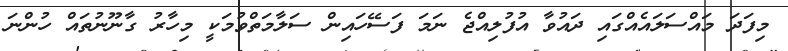
މިފަދަ މައްސަލައެއްގައި ދައުވާ އުފުލިއްޖެ ނަމަ ފަސޭހައިން ސަލާމަތްވުމަކީ މިހާރު ގާނޫނުތައް ހުންނަ